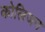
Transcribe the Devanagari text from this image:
कोलिजन